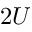
2 U